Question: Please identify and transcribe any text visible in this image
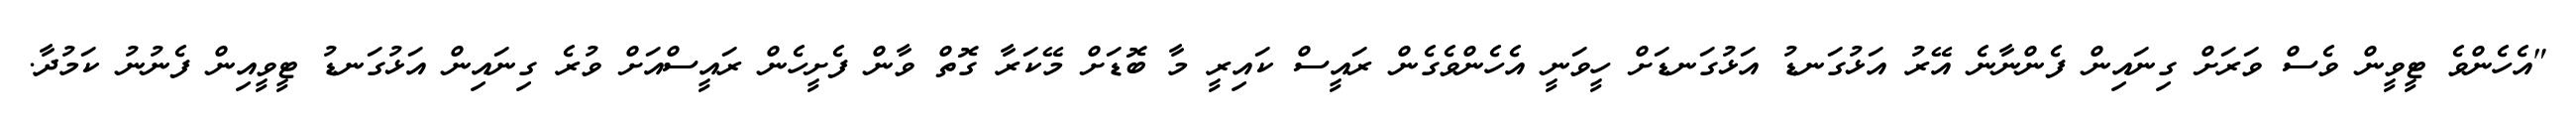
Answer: "އެހެންވެ ޓީވީން ވެސް ވަރަށް ގިނައިން ފެންނާނެ އޭރު އަޅުގަނޑު އަޅުގަނޑަށް ހީވަނީ އެހެންވެގެން ރައީސް ކައިރީ މާ ބޮޑަށް މޭކަރާ ގޮތް ވާން ފެށީހެން ރައީސްއަށް ވުރެ ގިނައިން އަޅުގަނޑު ޓީވީއިން ފެނުނު ކަމުދާ.